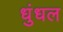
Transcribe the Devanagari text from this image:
धुंधल